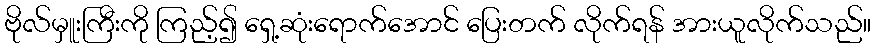
ဗိုလ်မှူးကြီးကို ကြည့်၍ ရှေ့ဆုံးရောက်အောင် ပြေးတက် လိုက်ရန် အားယူလိုက်သည်။